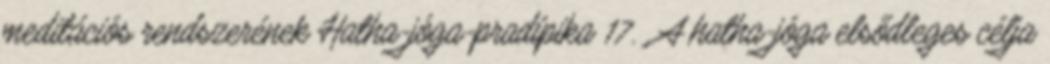
meditációs rendszerének Hatha-jóga-pradípika 17. , A hatha-jóga elsődleges célja